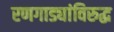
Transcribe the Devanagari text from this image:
रणगाड्यांविरुद्ध